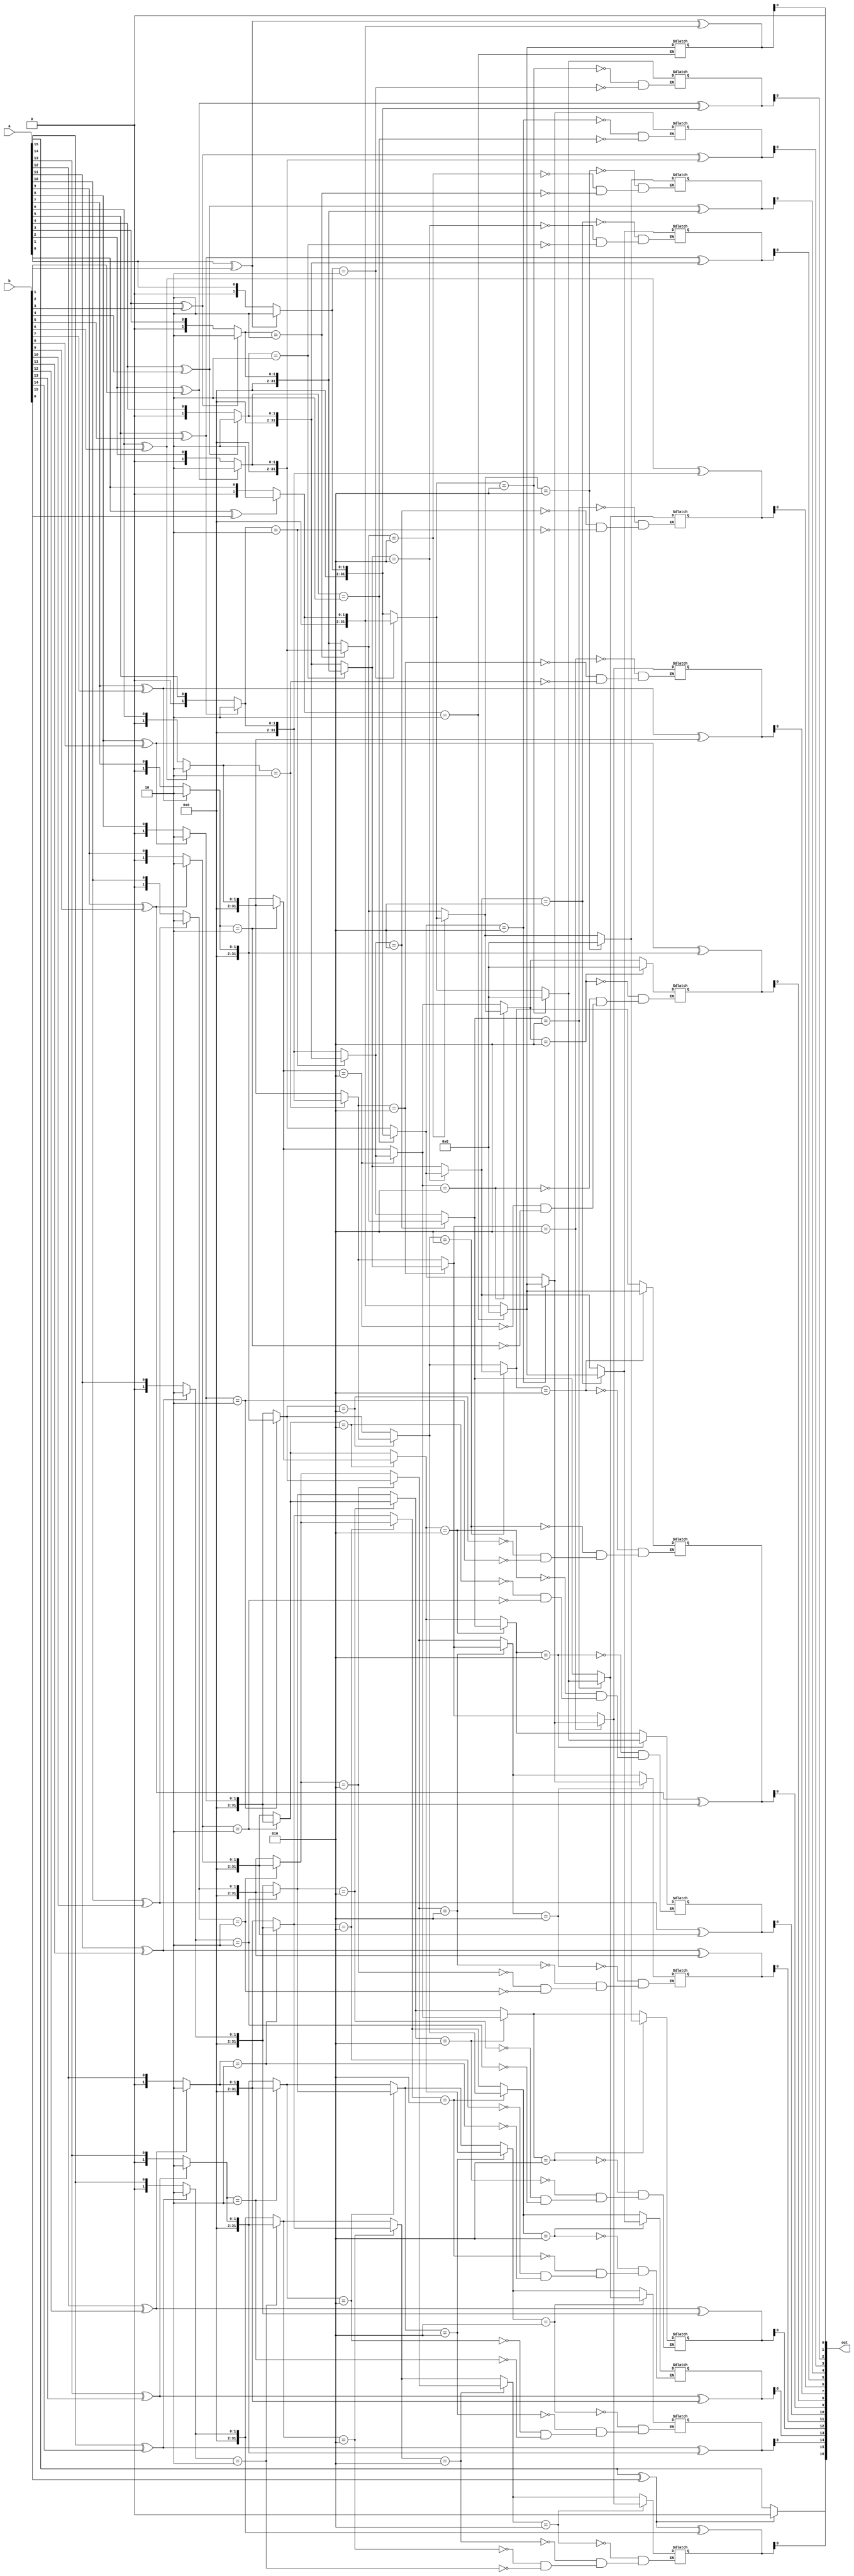
module cla(input [15:0]a, input [15:0]b,output [16:0]out);

reg [16:0]out;
integer c1[15:0],c[16:0];
integer i,temp,j;

//0=k
//1=g
//2=p

always @(a )
begin
   for(i=0; i<=15; i=i+1) begin
     temp = a[i] ^ b[i];
      if( temp == 1 ) begin
            c1[i] = 2;
      end
      else begin
            c1[i] = a[i];
      end
   end
end


always@( a ) begin
      for(i=0;i<=15;i=i+1)
            c[i] = c1[15-i];
c[16]=0;
end

always @(a )
begin
for(j=0; j<=4; j=j+1) begin
      for(i=1; i<=16; i=i+1) begin
            if(i+2**j <= 16) begin
                  if( c[i]==2 ) begin
                        c[i] = c[i+2**j];
                  end
                  else
                        c[i] = c[i];
            end
      end
end
end


always @(a )  begin
for(i=0; i<16; i=i+1) begin
      c[16-i] = a[i] ^ b[i] ^ c[16-i];
end
end

always @(a or b)
begin
for(i=0; i<=16; i=i+1) begin
      out[i] = c[16-i];
end
end

endmodule